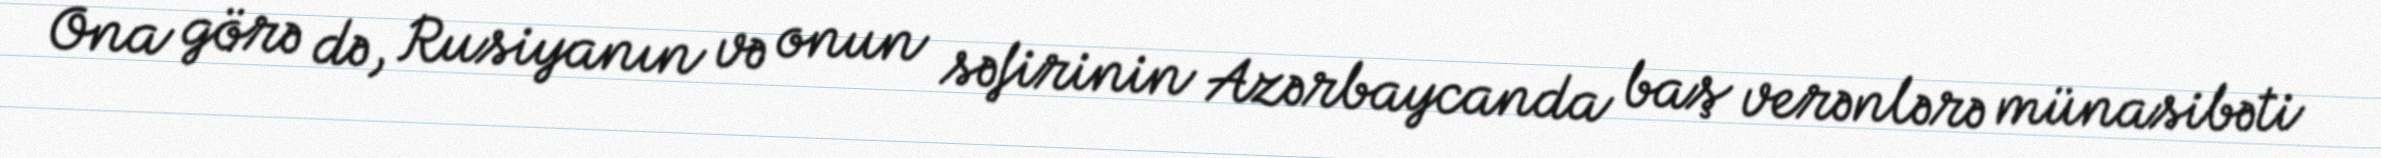
Ona görə də, Rusiyanın və onun səfirinin Azərbaycanda baş verənlərə münasibəti